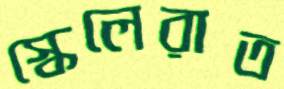
স্কেলেরাত